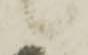
候